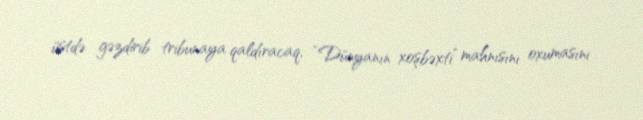
üstdə gəzdirib tribunaya qaldıracaq, “Dünyanın xoşbəxti” mahnısını oxumasını